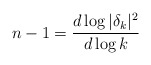
\begin{align*}n-1 = \frac{d \log |\delta_k|^2}{d \log k}\end{align*}